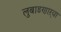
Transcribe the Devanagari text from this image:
लुबाडणाऱ्या